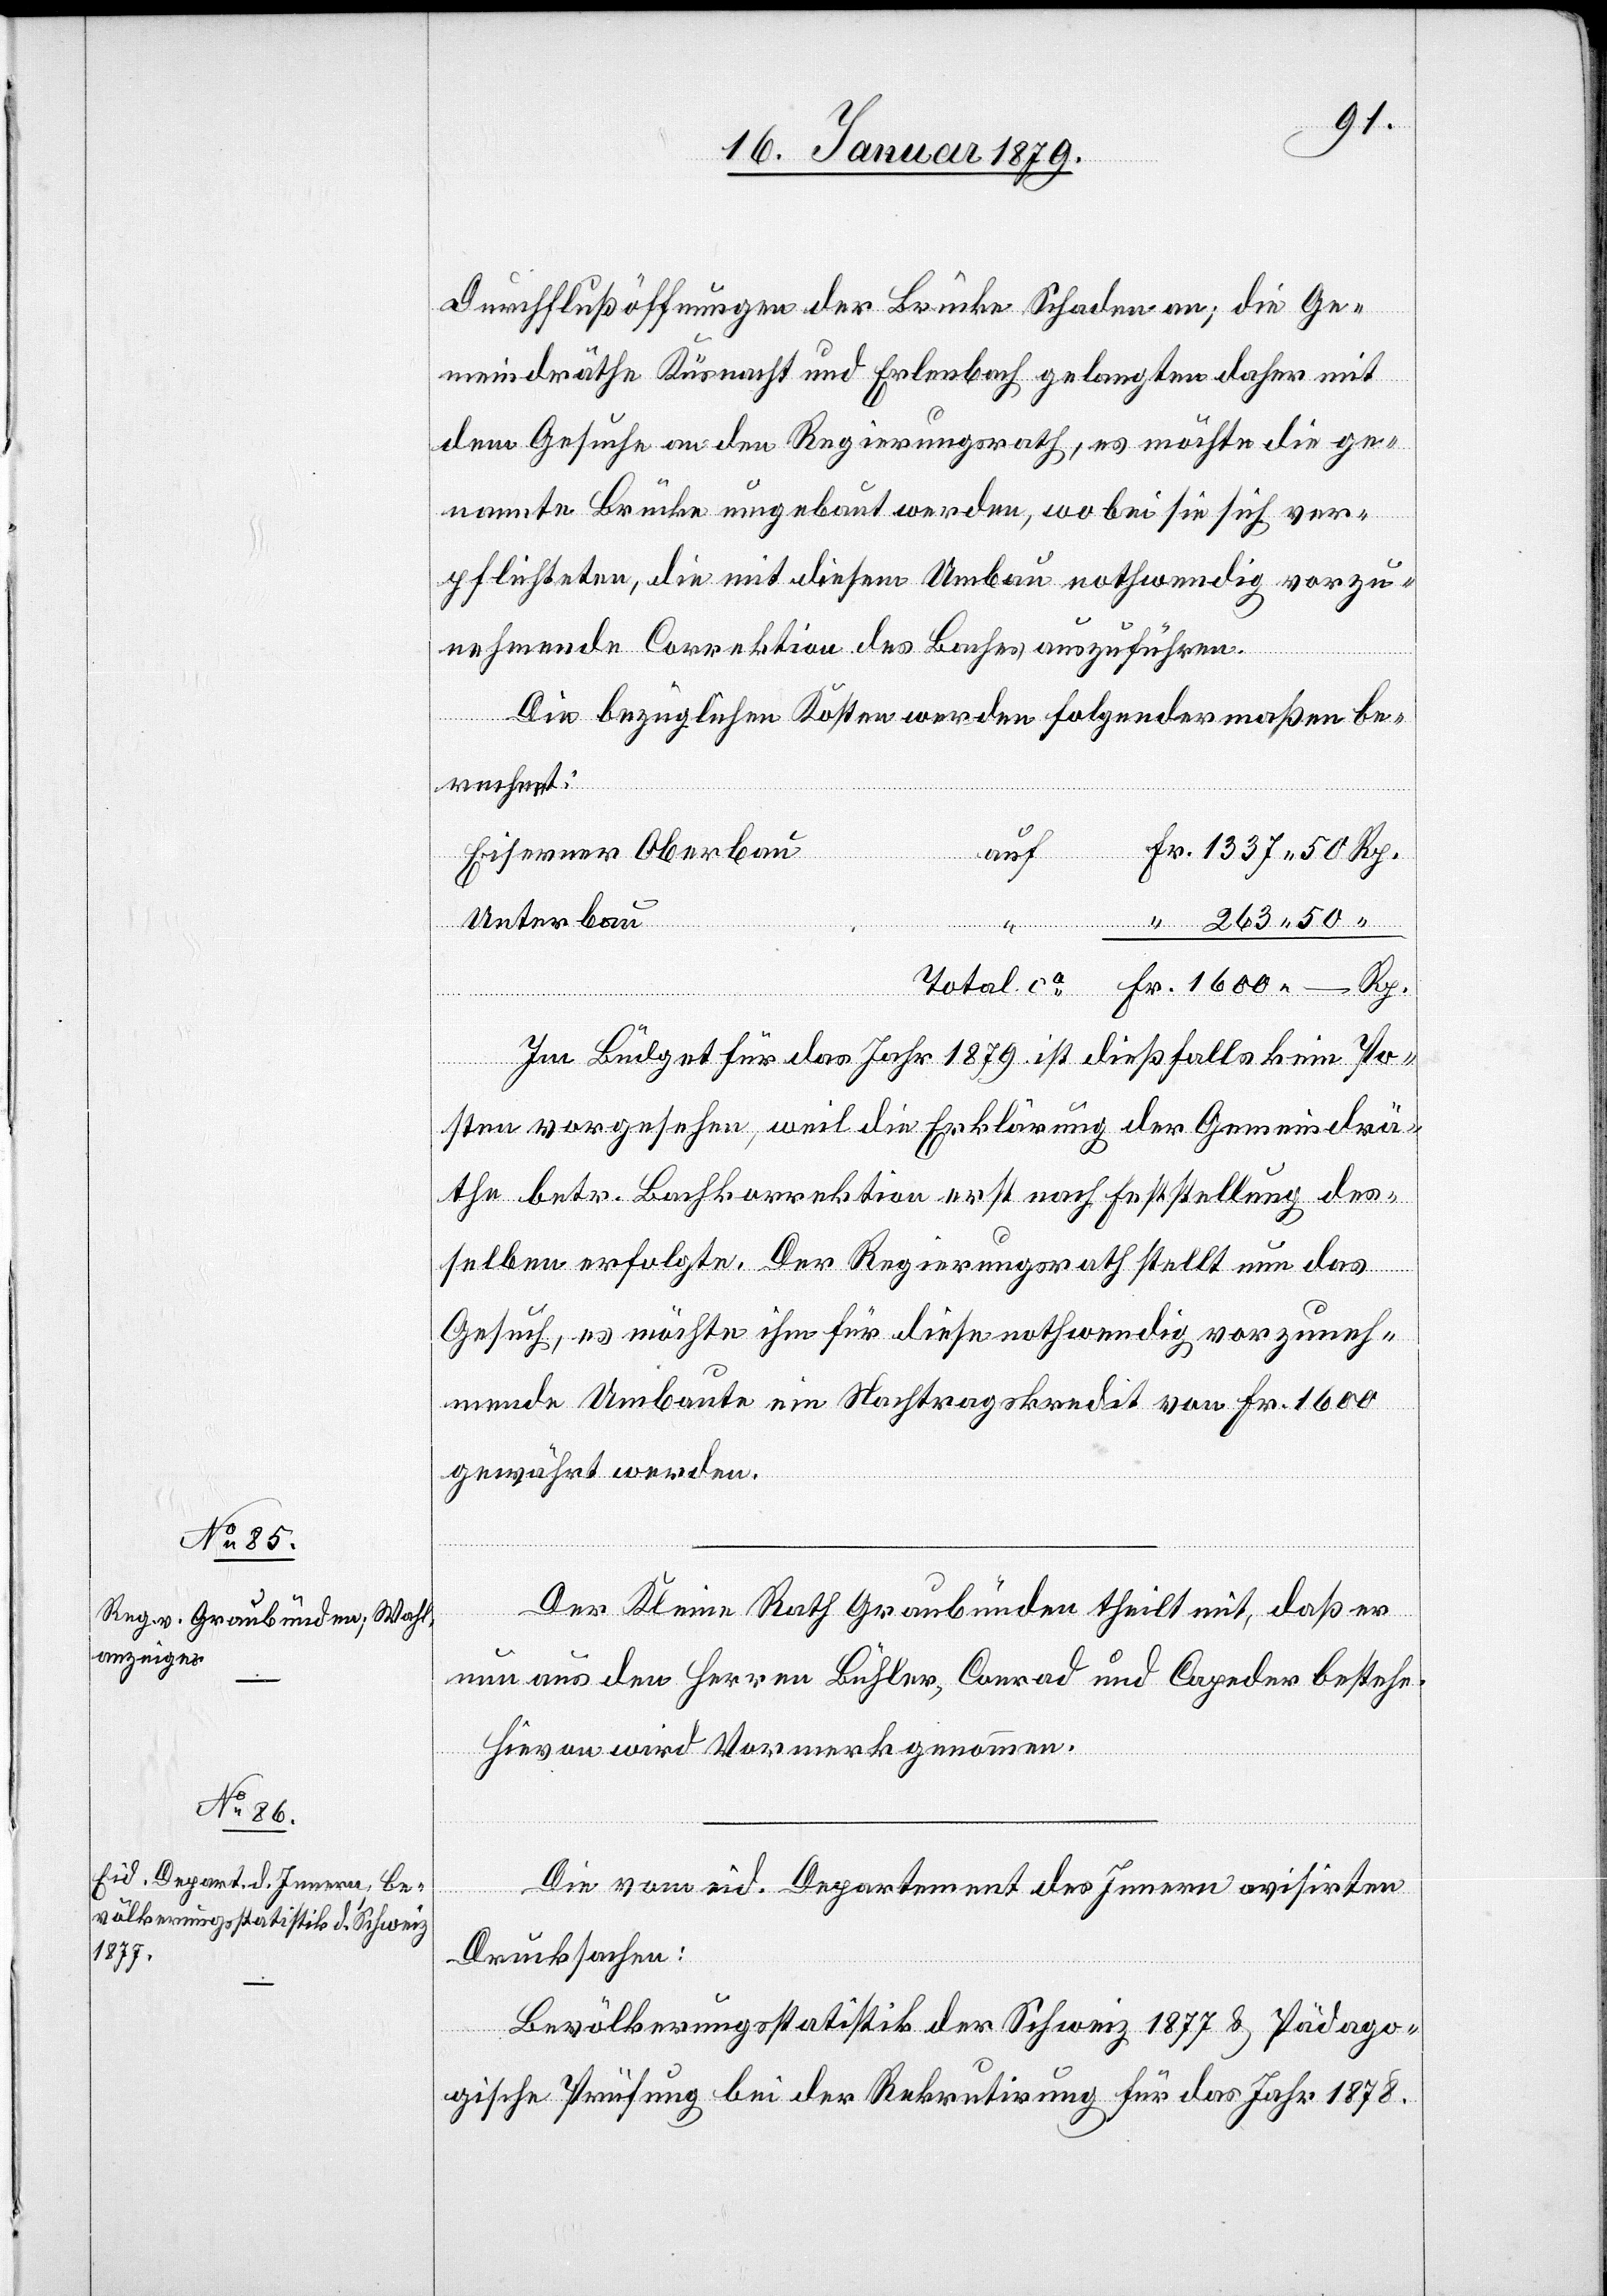
Durchflußöffnungen der Brücke Schaden an; die Ge¬
meindräthe Küsnacht und Erlenbach gelangten daher mit
dem Gesuche an den Regierungsrath, es möchte die ge¬
nannte Brücke umgebaut werden, wobei sie sich ver¬
pflichteten, die mit diesem Umbau nothwendig vorzu¬
nehmende Correktion des Baches auszuführen.
Die bezüglichen Kosten werden folgendermaßen be¬
“
rechnet:
Eiserner Oberbau
auf
Unterbau
Rp.
–
Im Büdget für das Jahr 1879 ist dießfalls kein Po¬
sten vorgesehen, weil die Erklärung der Gemeindrä¬
the betr. Bachkorrektion erst nach Erstellung des¬
selben erfolgte. Der Regierungsrath stellt nun das
Gesuch, es möchte ihm für diese nothwendig vorzuneh¬
mende Umbaute ein Nachtragskredit von Fr. 1600
gewährt werden.
Der Kleine Rath Graubünden theilt mit, daß er
nun aus den Herren Bühler, Conrad und Capeder bestehe.
Hievon wird Vormerk genommen.
Die vom eid. Departement des Innern avisirten
Drucksachen:
Bevölkerungsstatistik der Schweiz 1877 & Pädago¬
gische Prüfung bei der Rekrutirung für das Jahr 1878.